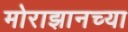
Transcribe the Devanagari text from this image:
मोराझानच्या